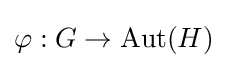
\varphi :G\to \operatorname {Aut} (H)